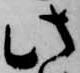
此